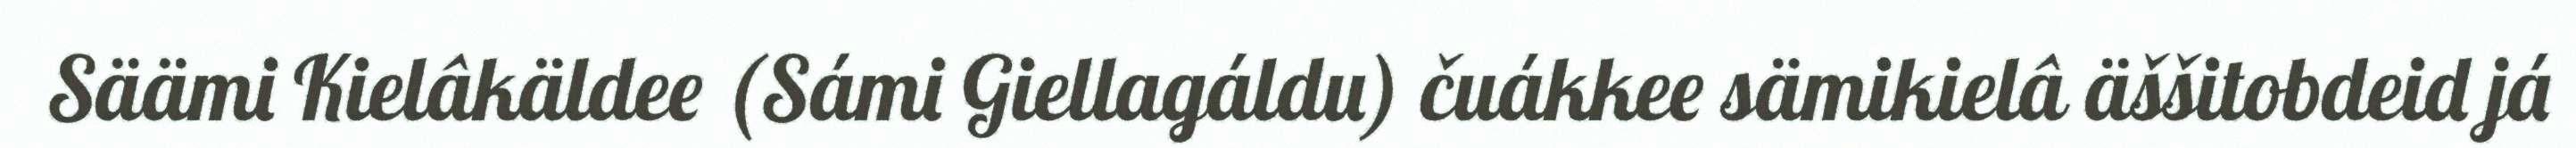
Säämi Kielâkäldee (Sámi Giellagáldu) čuákkee sämikielâ äššitobdeid já